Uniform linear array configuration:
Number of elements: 64
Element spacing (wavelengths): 0.25
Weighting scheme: cosine
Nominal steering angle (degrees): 0
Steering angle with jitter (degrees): -0.5141
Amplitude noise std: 0.05
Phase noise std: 0.05

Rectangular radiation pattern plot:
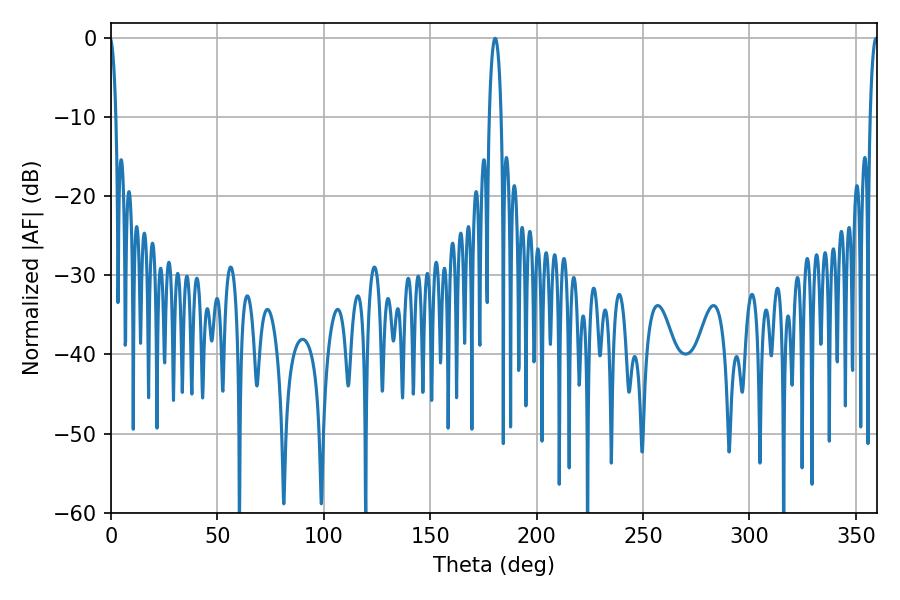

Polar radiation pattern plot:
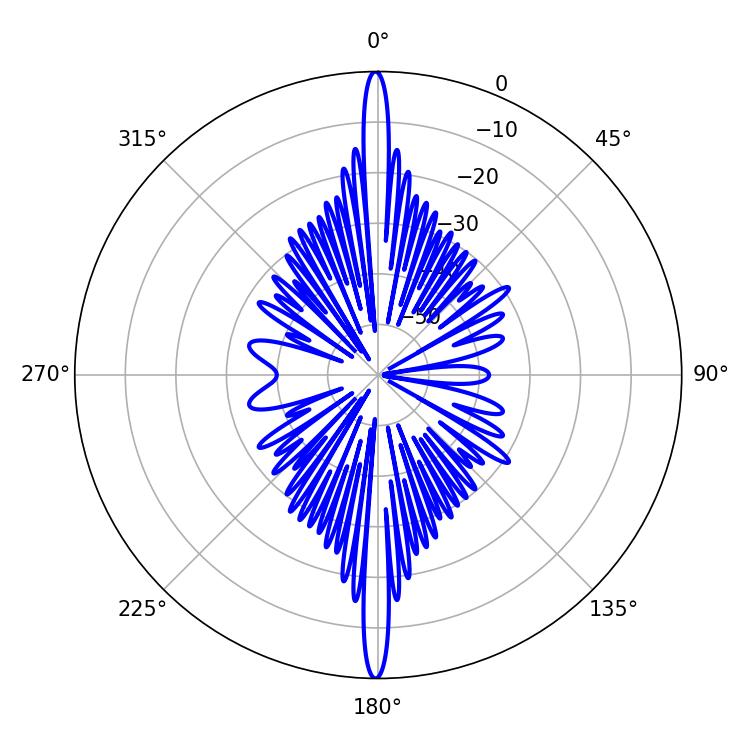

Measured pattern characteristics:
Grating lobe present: FALSE
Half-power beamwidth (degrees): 2.16
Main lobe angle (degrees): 359.46